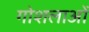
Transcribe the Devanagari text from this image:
गोशलाओं